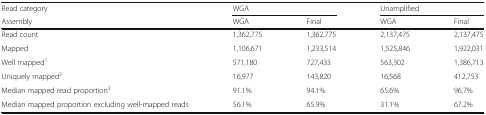
<table><thead><tr><td><b>Read category</b></td><td colspan="2"><b>WGA</b></td><td colspan="2"><b>Unamplified</b></td></tr><tr><td><b>Assembly</b></td><td><b>WGA</b></td><td><b>Final</b></td><td><b>WGA</b></td><td><b>Final</b></td></tr></thead><tbody><tr><td>Read count</td><td>1,362,775</td><td>1,362,775</td><td>2,137,475</td><td>2,137,475</td></tr><tr><td>Mapped</td><td>1,106,671</td><td>1,233,514</td><td>1,525,846</td><td>1,922,031</td></tr><tr><td>Well mapped<sup>1</sup></td><td>571,180</td><td>727,433</td><td>563,302</td><td>1,386,713</td></tr><tr><td>Uniquely mapped<sup>2</sup></td><td>16,977</td><td>143,820</td><td>16,568</td><td>412,753</td></tr><tr><td>Median mapped read proportion<sup>3</sup></td><td>91.1%</td><td>94.1%</td><td>65.6%</td><td>96.7%</td></tr><tr><td>Median mapped proportion excluding well-mapped reads</td><td>56.1%</td><td>65.9%</td><td>31.1%</td><td>67.2%</td></tr></tbody></table>